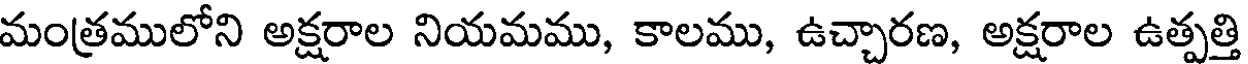
మంత్రములోని అక్షరాల నియమము, కాలము, ఉచ్చారణ, అక్షరాల ఉత్పత్తి